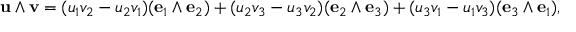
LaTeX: \mathbf { u } \wedge \mathbf { v } = ( u _ { 1 } v _ { 2 } - u _ { 2 } v _ { 1 } ) ( \mathbf { e } _ { 1 } \wedge \mathbf { e } _ { 2 } ) + ( u _ { 2 } v _ { 3 } - u _ { 3 } v _ { 2 } ) ( \mathbf { e } _ { 2 } \wedge \mathbf { e } _ { 3 } ) + ( u _ { 3 } v _ { 1 } - u _ { 1 } v _ { 3 } ) ( \mathbf { e } _ { 3 } \wedge \mathbf { e } _ { 1 } ) ,